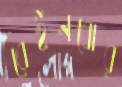
রেইনবোর